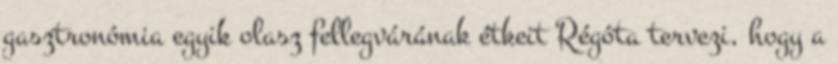
gasztronómia egyik olasz fellegvárának étkeit Régóta tervezi, hogy a